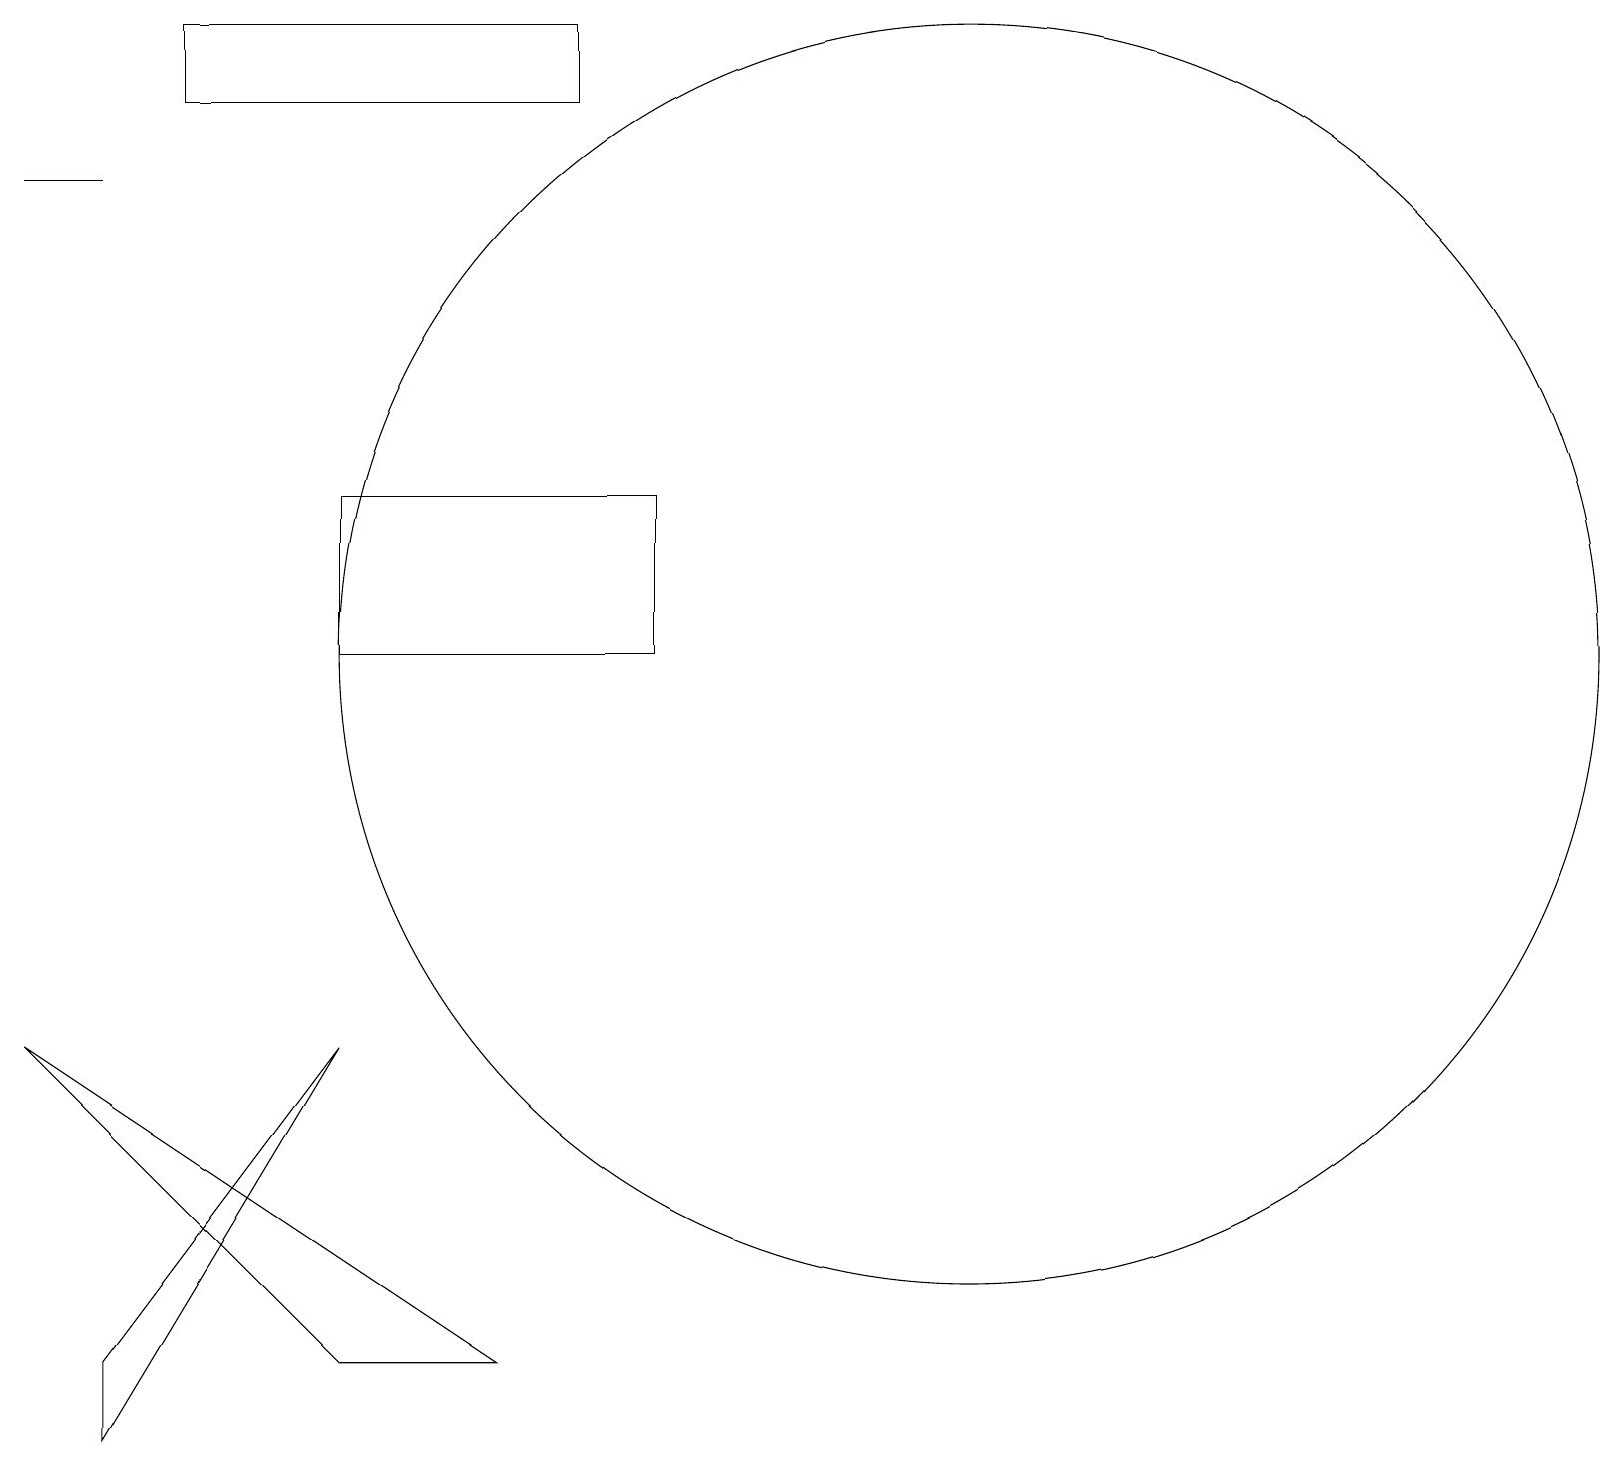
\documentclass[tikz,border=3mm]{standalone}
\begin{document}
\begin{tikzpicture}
\draw (1,1) -- (1,2) -- (4,6) -- cycle;
\draw (1,17) rectangle (0,17);
\draw (12,11) circle (8);
\draw (7,19) rectangle (2,18);
\draw (4,11) rectangle (8,13);
\draw (4,2) -- (6,2) -- (0,6) -- cycle;
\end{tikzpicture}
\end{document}